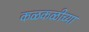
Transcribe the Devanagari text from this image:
कळकळीच्या